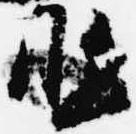
北